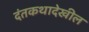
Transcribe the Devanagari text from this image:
दंतकथादेखील